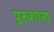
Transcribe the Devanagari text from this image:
पुरुशांना